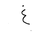
Letter: _gayn